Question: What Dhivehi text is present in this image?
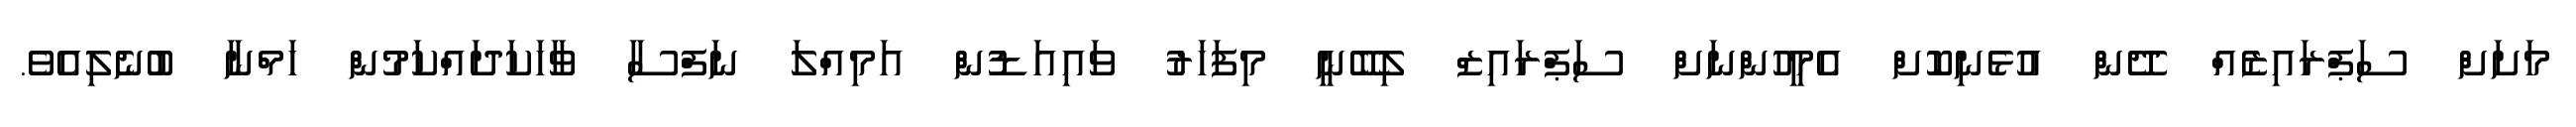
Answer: މަށަށް ސަޕްރައިޒެއް ދޭން އުޅެނިކޮށް އެމީހުންނަށް ސަޕްރައިޒް ލިބޭނީ މިފަހަރު ވައިއަޑުން އަމިއްލަ ނަފްސާ ވާހަކަދައްކަމުން ހަމްނާ ބުނެލިއެވެ.